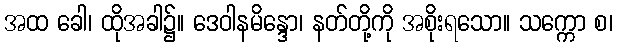
အထ ခေါ၊ ထိုအခါ၌။ ဒေဝါနမိန္ဒော၊ နတ်တို့ကို အစိုးရသော။ သက္ကော စ၊